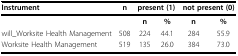
<table><thead><tr><td><b>Instrument</b></td><td><b>n</b></td><td colspan="2"><b>present (1)</b></td><td colspan="2"><b>not present (0)</b></td></tr></thead><tbody><tr><td></td><td></td><td><b>n</b></td><td><b>%</b></td><td><b>n</b></td><td><b>%</b></td></tr><tr><td>will_Worksite Health Management</td><td>508</td><td>224</td><td>44.1</td><td>284</td><td>55.9</td></tr><tr><td>Worksite Health Management</td><td>519</td><td>135</td><td>26.0</td><td>384</td><td>73.0</td></tr></tbody></table>